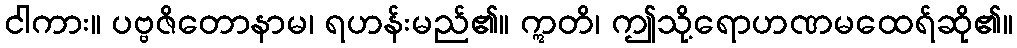
ငါကား။ ပဗ္ဗဇိတောနာမ၊ ရဟန်းမည်၏။ ဣတိ၊ ဤသို့ရောဟဏမထေရ်ဆို၏။